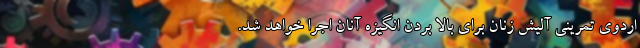
اردوی تمرینی آلیش زنان برای بالا بردن انگیزه آنان اجرا خواهد شد.